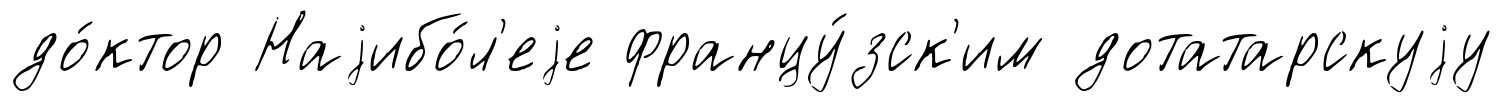
до́ктор Наjибо́л'еjе францу́зск'им дотатарскуjу